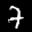
Label: 7